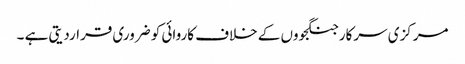
مرکزی سرکار جنگجووں کے خلاف کاروائی کو ضروری قراردیتی ہے ۔